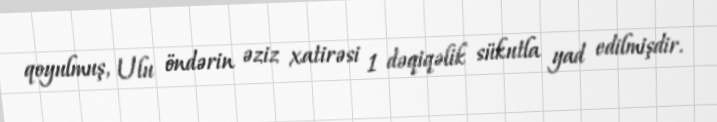
qoyulmuş, Ulu öndərin əziz xatirəsi 1 dəqiqəlik sükutla yad edilmişdir.